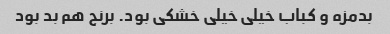
بدمزه و کباب خیلی خیلی خشکی بود. برنج هم بد بود